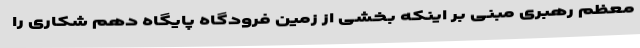
معظم رهبری مبنی بر اینکه بخشی از زمین فرودگاه پایگاه دهم شکاری را